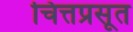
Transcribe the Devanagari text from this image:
चित्तप्रसूत